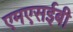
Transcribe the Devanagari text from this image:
एमएसईबी